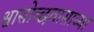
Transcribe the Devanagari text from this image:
श्वासोच्छवासाच्या